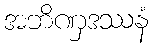
အဘိဏှဒဿနံ